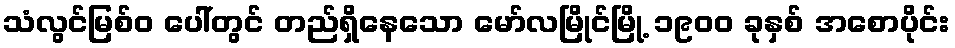
သံလွင်မြစ်ဝ ပေါ်တွင် တည်ရှိနေသော မော်လမြိုင်မြို့ ၁၉၀၀ ခုနှစ် အစောပိုင်း